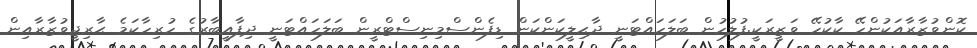
ކޮންވުޒާރާއަކުންހޭ ކާކުހޭ ވަޒީރަކީ.ފުލުހުން ބަލަހައްޓަނީ ދާޙިލީކަންކަން ޑިފެންސްމިނިސްޓްރީން ބަލަހައްޓަނީ ދިފާއީބާރުގެ ހުރިހާކަމެ ޙާރިޖީވުޒާރާއިން